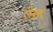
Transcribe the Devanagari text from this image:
ऐसौ